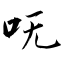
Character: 呒